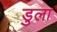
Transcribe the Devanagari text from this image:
डुला